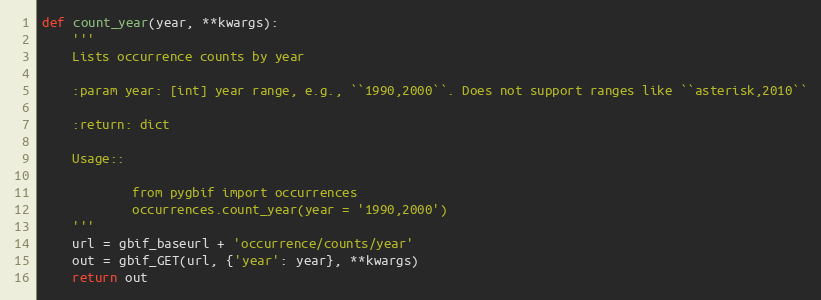
Language: Python
def count_year(year, **kwargs):
    '''
    Lists occurrence counts by year

    :param year: [int] year range, e.g., ``1990,2000``. Does not support ranges like ``asterisk,2010``

    :return: dict

    Usage::

            from pygbif import occurrences
            occurrences.count_year(year = '1990,2000')
    '''
    url = gbif_baseurl + 'occurrence/counts/year'
    out = gbif_GET(url, {'year': year}, **kwargs)
    return out